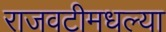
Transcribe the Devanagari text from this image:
राजवटीमधल्या